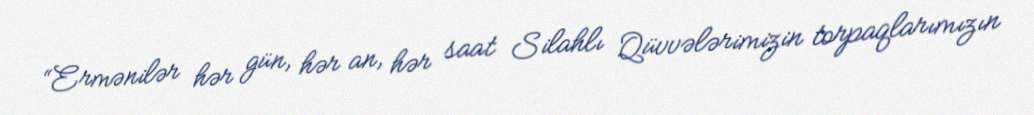
“Ermənilər hər gün, hər an, hər saat Silahlı Qüvvələrimizin torpaqlarımızın